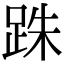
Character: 跦